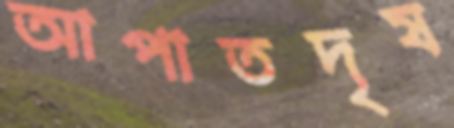
আপাতদৃষ